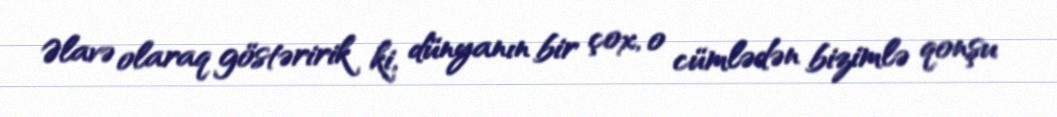
Əlavə olaraq göstəririk ki, dünyanın bir çox, o cümlədən bizimlə qonşu